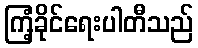
ကြံ့ခိုင်ရေးပါတီသည်